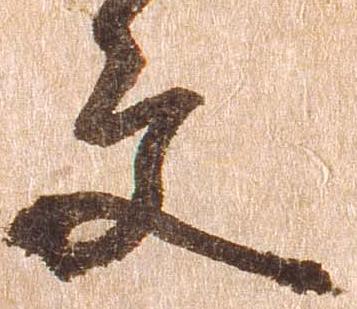
文